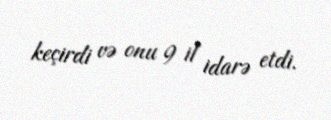
keçirdi və onu 9 il idarə etdi.